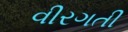
વીરગતી